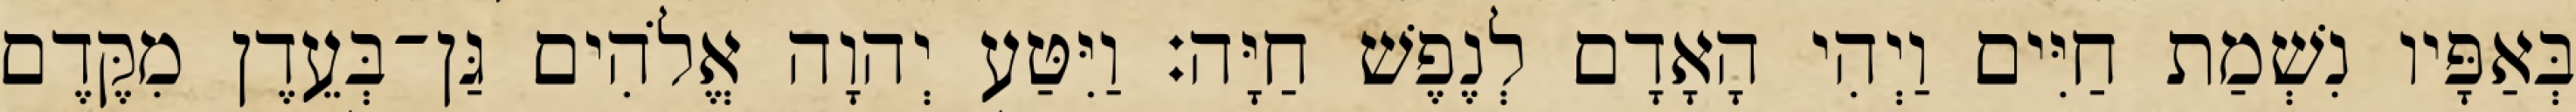
בְּאַפָּיו נִשְׁמַת חַיִּים וַיְהִי הָאָדָם לְנֶפֶשׁ חַיָּה׃ וַיִּטַּע יְהוָה אֱלֹהִים גַּן־בְּעֵדֶן מִקֶּדֶם